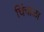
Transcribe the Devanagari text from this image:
चिंचाळा